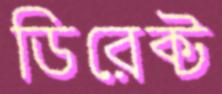
ডিরেক্ট